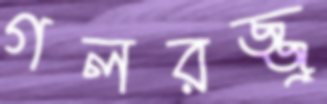
গলরজ্জু